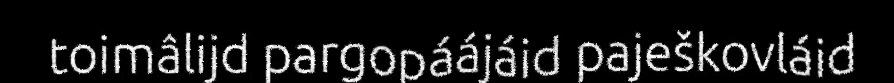
toimâlijd pargopáájáid paješkovláid